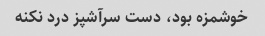
خوشمزه بود، دست سرآشپز درد نکنه